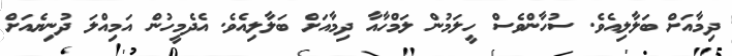
ދިމާއަށް ބަލާލިއެވެ. ސުހާންވެސް ހީލަމުން ލަމްހާއާ ދިމާއަށް ބަލާލިއެވެ. އެދެމީހުން އަމިއްލަ ދުނިޔެއަށް